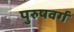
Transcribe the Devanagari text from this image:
पुरुषवर्ग